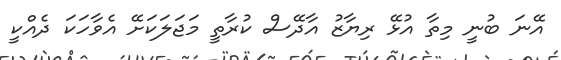
އޭނަ ބުނީ މިތާ އުޅޭ ރިޔާޒު އާދޭސް ކުރާތީ މަޖަލަކަށޭ އެވާހަކަ ދެއްކީ